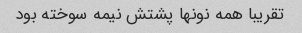
تقریبا همه نونها پشتش نیمه سوخته بود